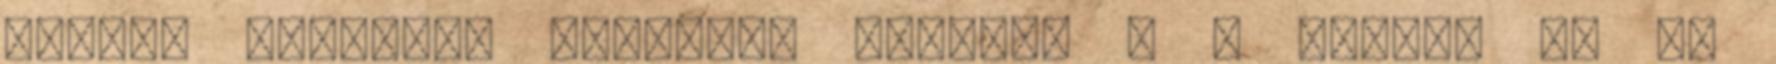
Aztán. valahogy változik megint. Ő a macska én az